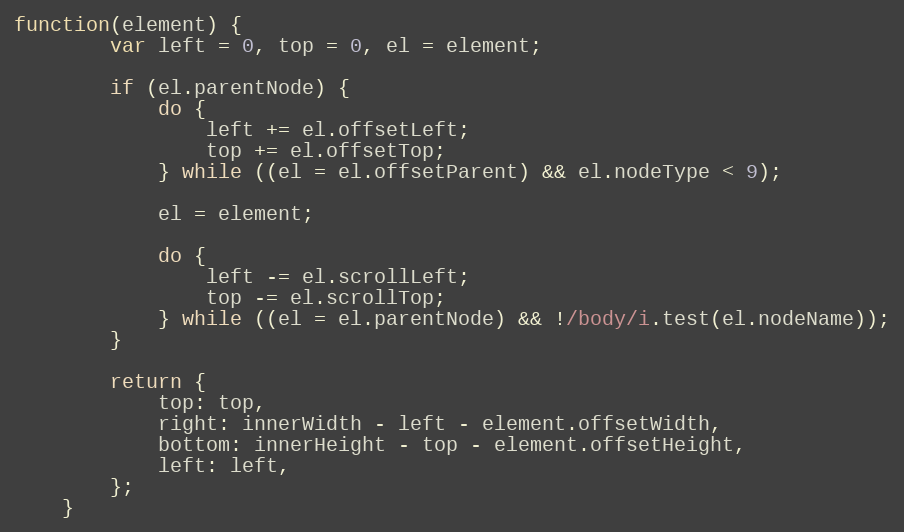
Language: JavaScript
function(element) {
	    var left = 0, top = 0, el = element;

	    if (el.parentNode) {
			do {
				left += el.offsetLeft;
				top += el.offsetTop;
			} while ((el = el.offsetParent) && el.nodeType < 9);

			el = element;

			do {
				left -= el.scrollLeft;
				top -= el.scrollTop;
			} while ((el = el.parentNode) && !/body/i.test(el.nodeName));
		}

	    return {
			top: top,
	    	right: innerWidth - left - element.offsetWidth,
	    	bottom: innerHeight - top - element.offsetHeight,
	    	left: left,
	    };
	}